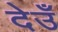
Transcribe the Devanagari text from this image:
देउँ